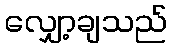
လျှော့ချသည်